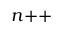
n { \mathrel { + { + } } }